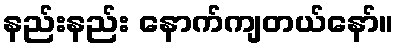
နည်းနည်း နောက်ကျတယ်နော်။